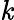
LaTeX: \mathit{k}